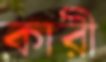
কারী